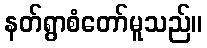
နတ်ရွာစံတော်မူသည်။